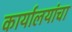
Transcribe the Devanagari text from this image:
कार्यालयांचा